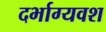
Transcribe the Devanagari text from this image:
दर्भाग्यवश